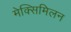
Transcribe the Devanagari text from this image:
मेक्सिमिलन